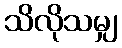
သိလိုသမျှ